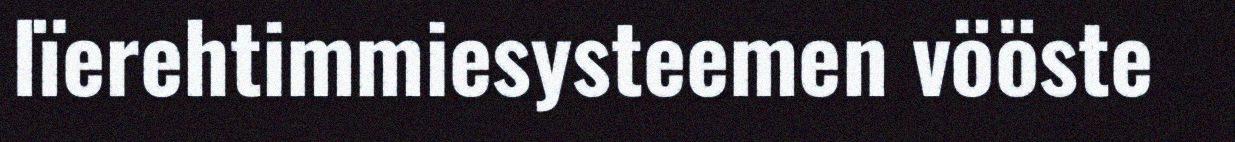
lïerehtimmiesysteemen vööste